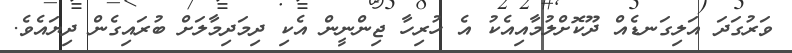
ވަރުގަދަ އަލިގަނޑެއް ދޫކޮށްލުމާއިއެކު އެ ހުރިހާ ޖިންނީން އެކި ދިމަދިމާލަށް ބުރައިގެން ދިޔައެވެ.